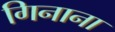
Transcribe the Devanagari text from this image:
गिनाना